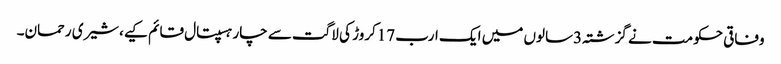
وفاقی حکومت نے گزشتہ3سالوں میں ایک ارب 17کروڑ کی لاگت سے چار ہسپتال قائم کیے،شیری رحمان۔